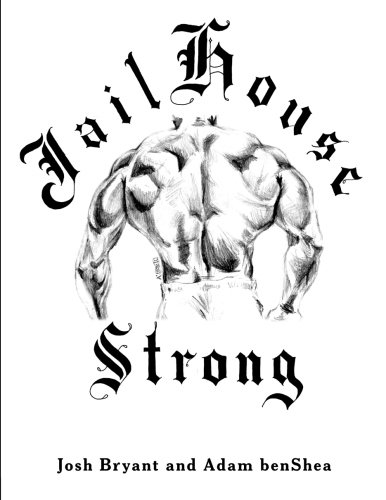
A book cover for Jailhouse Strong; Josh Bryant; Health, Fitness & Dieting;